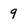
Character: 9